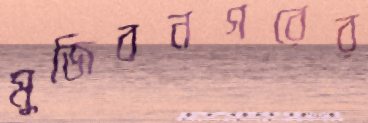
মুজিবনগরের